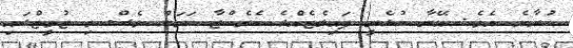
ކުރާނެ އެވެ. އޭނާ ކުޅެނީ ޕައިލެޓެއްގެ ކެރެކްޓާ ކަމަށް ވެސް މި ޓުވީޓްގައި